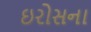
ઇરોસના